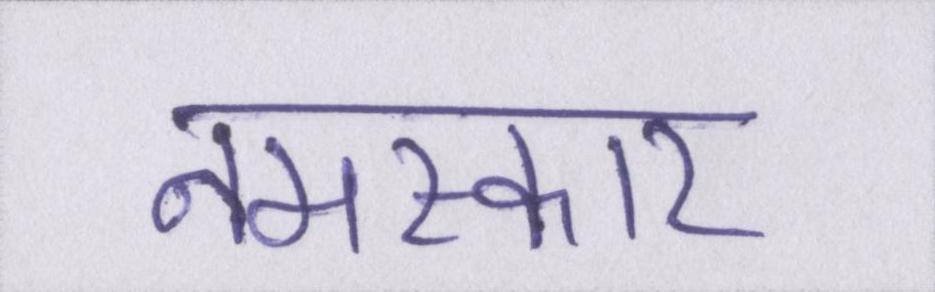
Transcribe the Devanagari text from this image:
नमस्कार